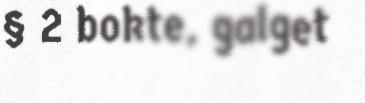
§ 2 bokte, galget